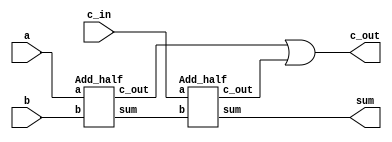
module Add_full(sum, c_out, a, b, c_in);
input a, b, c_in;
output sum, c_out;
wire w1, w2, w3;

Add_half M1(w1, w2, a, b);
Add_half M2(sum, w3, c_in, w1);
or (c_out, w2, w3);
endmodule

module Add_half(sum, c_out, a, b);
input a,b;
output sum, c_out;

xor (sum, a, b);
and (c_out, a, b);
endmodule